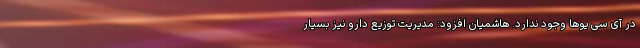
در آی سی یوها وجود ندارد. هاشمیان افزود: مدیریت توزیع دارو نیز بسیار